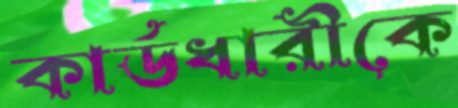
কার্ডধারীকে